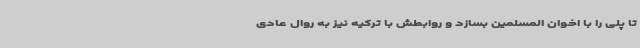
تا پلی را با اخوان المسلمین بسازد و روابطش با ترکیه نیز به روال عادی